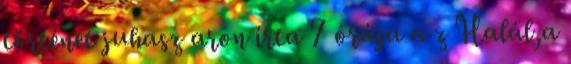
történet juhasz aron írta 7 órája a z Halál,a